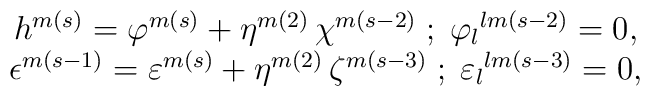
\begin{array}{c}   h^{m(s)}=\varphi^{m(s)} + \eta^{m(2)}\,\chi^{m(s-2)}\;;\;{\varphi_l}^{lm(s-2)} =0, \\   \epsilon^{m(s-1)}=\varepsilon^{m(s)} + \eta^{m(2)}\, \zeta^{m(s-3)}\;;\;{\varepsilon_l}^{lm(s-3)}   =0, \end{array}